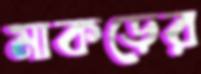
মাকড়ের